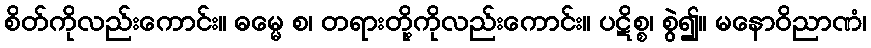
စိတ်ကိုလည်းကောင်း။ ဓမ္မေ စ၊ တရားတို့ကိုလည်းကောင်း။ ပဋိစ္စ၊ စွဲ၍။ မနောဝိညာဏံ၊